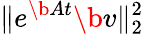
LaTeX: \| e^{\b{A}t}\b{v}\| _{2}^{2}